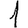
Digit: 1